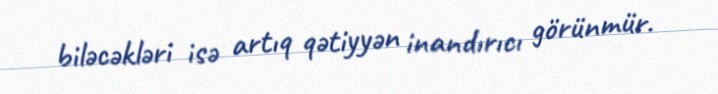
biləcəkləri isə artıq qətiyyən inandırıcı görünmür.